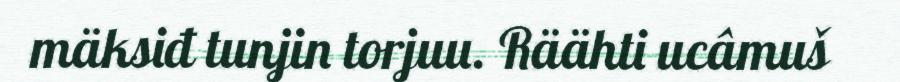
mäksiđ tunjin torjuu. Räähti ucâmuš